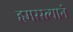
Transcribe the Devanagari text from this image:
हमरस्त्याने